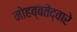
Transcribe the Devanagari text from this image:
मोहब्बतेंद्वारे